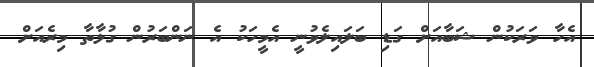
އެހާ ވަރަކުން ޝަބާއަށް ގަޑި ބަލައިލެވުނީ އެމީހަކު އެ ނަންބަރުން ގުޅާތާ މިރެއަށް